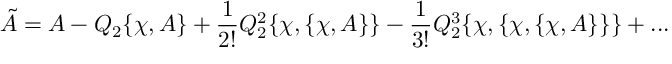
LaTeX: \tilde { A } = A - Q _ { 2 } \{ \chi , A \} + { \frac { 1 } { 2 ! } } Q _ { 2 } ^ { 2 } \{ \chi , \{ \chi , A \} \} - { \frac { 1 } { 3 ! } } Q _ { 2 } ^ { 3 } \{ \chi , \{ \chi , \{ \chi , A \} \} \} + . . .